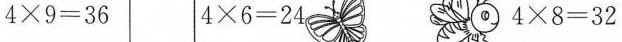
$$ \times 9= 3 6$$ $$4 \times 6=2 4 $$ $$4 \times 8= 3 2$$